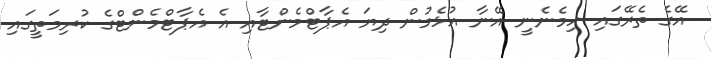
އޭގެ ތެރޭގައި ހިމެނެނީ އޭނާ އުޅެމުން ދިޔަ އެޕާޓްމެންޓާއި އެ އެޕާޓްމެންޓްގެ ކުރިމަތީގައި